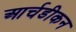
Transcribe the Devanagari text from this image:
आर्चडीकन